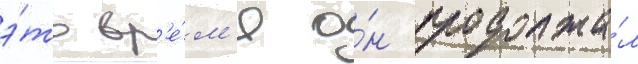
э́то вр'е́м'я о́н продолжа́л